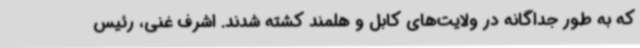
که به طور جداگانه در ولایت‌های کابل و هلمند کشته شدند. اشرف غنی، رئیس